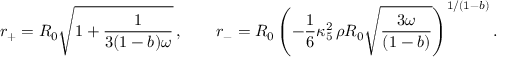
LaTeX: r _ { + } = R _ { 0 } \sqrt { 1 + \frac { 1 } { 3 ( 1 - b ) \omega } } \, , \qquad r _ { - } = R _ { 0 } \left( - \frac { 1 } { 6 } \kappa _ { 5 } ^ { 2 } \, \rho R _ { 0 } \sqrt { \frac { 3 \omega } { ( 1 - b ) } } \right) ^ { 1 / ( 1 - b ) } .